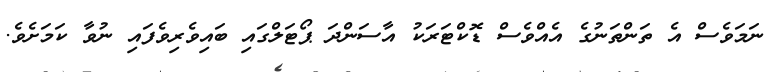
ނަމަވެސް އެ ތަންތަނުގެ އެއްވެސް ޑޮކްޓަރަކު އާސަންދަ ޕޯޓަލްގައި ބައިވެރިވެފައި ނުވާ ކަމަށެވެ.